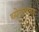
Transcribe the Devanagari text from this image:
थ्येनश्याङ